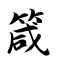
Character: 箴